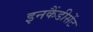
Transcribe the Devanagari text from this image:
इनकैंडीसेंट